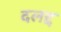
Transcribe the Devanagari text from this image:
दलद्द